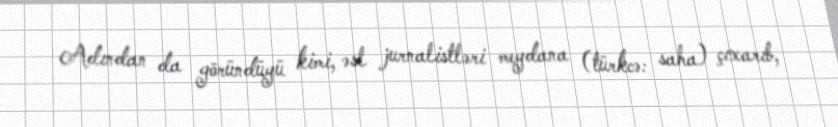
Adından da göründüyü kimi, əsl jurnalistləri meydana (türkcə: saha) çıxarıb,